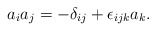
\begin{align*}a_{i}a_{j}=-\delta _{ij}+\epsilon _{ijk}a_{k}. \end{align*}